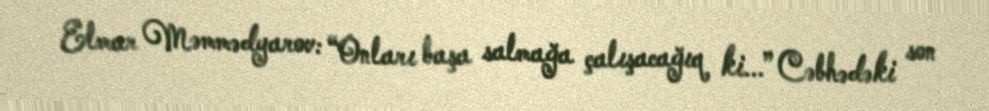
Elmar Məmmədyarov: “Onları başa salmağa çalışacağıq ki...” Cəbhədəki son